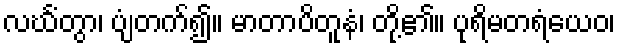
လင်္ဃံတွာ၊ ပျံတက်၍။ မာတာပိတူနံ၊ တို့၏။ ပုရိမတရံယေဝ၊